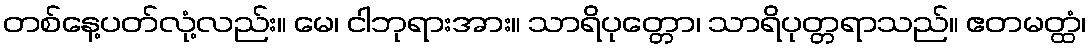
တစ်နေ့ပတ်လုံ့လည်း။ မေ၊ ငါဘုရားအား။ သာရိပုတ္တော၊ သာရိပုတ္တရာသည်။ ဧတမတ္ထံ၊